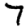
Digit: 7